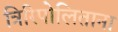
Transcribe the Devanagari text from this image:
त्रिरिपोलिताना